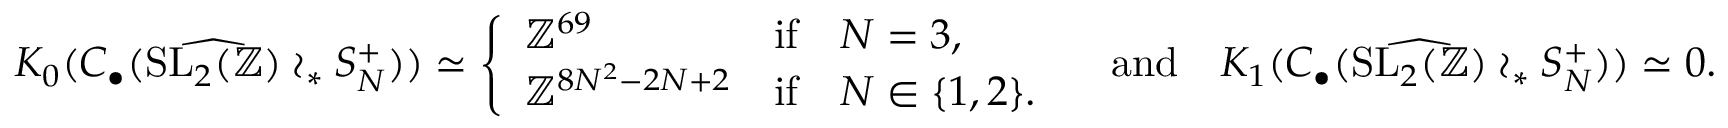
K _ { 0 } ( C _ { \bullet } ( \widehat { \mathrm { S L } _ { 2 } ( \mathbb { Z } ) } \wr _ { * } S _ { N } ^ { + } ) ) \simeq \left\{ \begin{array} { l c l } { \mathbb { Z } ^ { 6 9 } } & { \mathrm { i f } } & { N = 3 , } \\ { \mathbb { Z } ^ { 8 N ^ { 2 } - 2 N + 2 } } & { \mathrm { i f } } & { N \in \lbrace 1 , 2 \rbrace . } \end{array} \right. \quad \mathrm { a n d } \quad K _ { 1 } ( C _ { \bullet } ( \widehat { \mathrm { S L } _ { 2 } ( \mathbb { Z } ) } \wr _ { * } S _ { N } ^ { + } ) ) \simeq 0 .